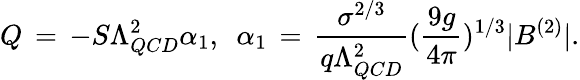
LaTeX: Q\, =\, -S\Lambda_{QCD}^{2}\alpha_{1},~~\alpha_{1}\, =\, \frac{\sigma^{2/3}}{q\Lambda_{QCD}^{2}}(\frac{9g}{4\pi})^{1/3}|B^{(2)}|.